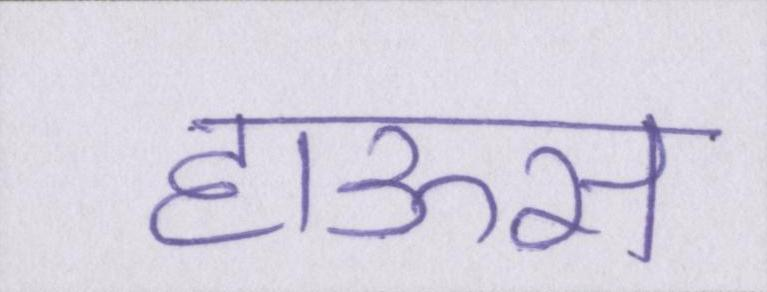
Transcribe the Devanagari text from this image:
हाऊस